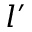
l ^ { \prime }